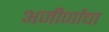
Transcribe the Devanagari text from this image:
अजीर्णाचा